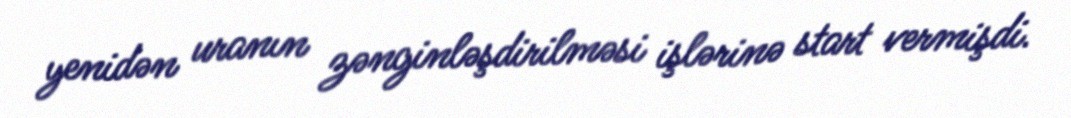
yenidən uranın zənginləşdirilməsi işlərinə start vermişdi.